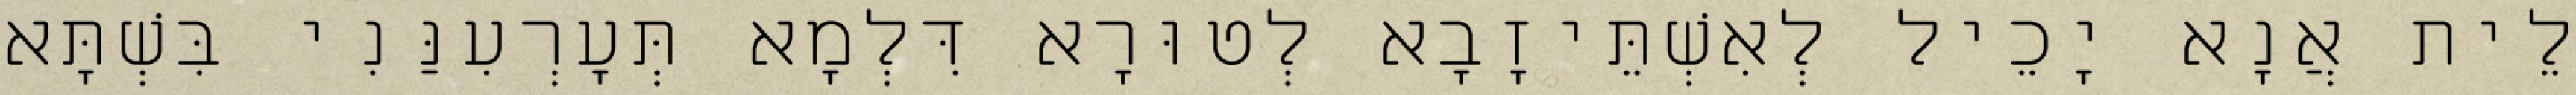
לֵית אֲנָא יָכֵיל לְאִשְׁתֵּיזָבָא לְטוּרָא דִּלְמָא תְּעָרְעִנַּנִי בִּשְׁתָּא